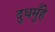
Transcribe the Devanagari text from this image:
दुधमुँहे